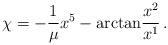
LaTeX: \begin{align*}\chi=-\frac{1}{\mu}x^{5}-{\rm arctan}\frac{x^2}{x^1}\,.\end{align*}